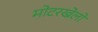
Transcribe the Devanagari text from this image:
मोटरखेलों